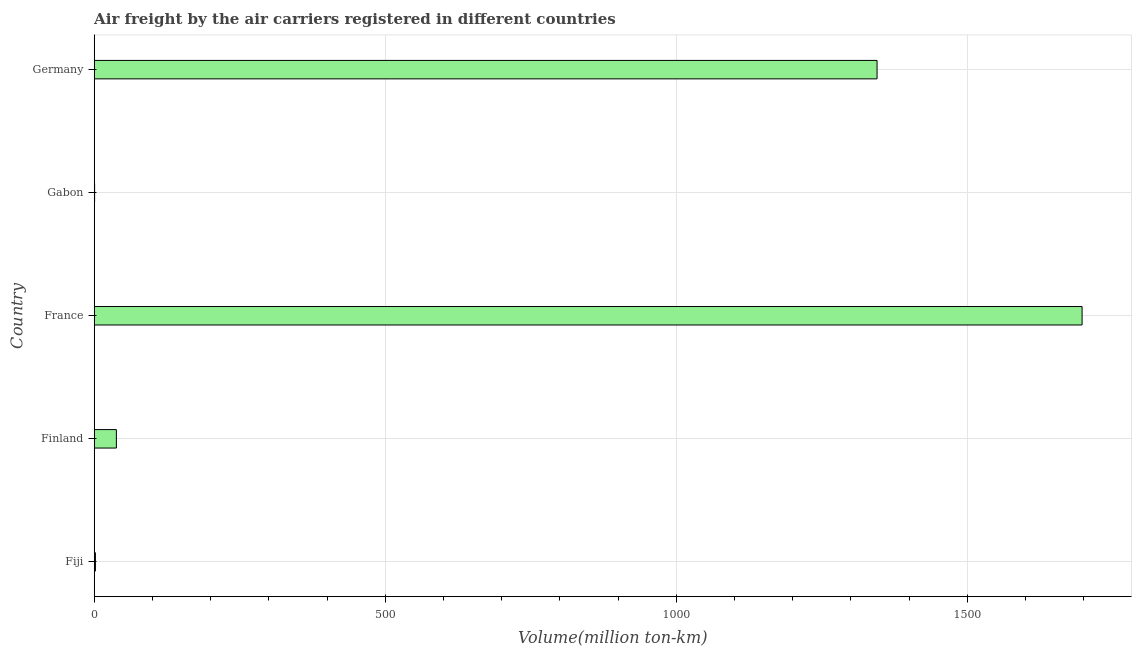
| Country | Air transport |
 | --- | --- |
 | Fiji | 2.1 |
 | Finland | 38.1 |
 | France | 1.7e+03 |
 | Gabon | 0.7 |
 | Germany | 1.34e+03 |